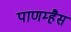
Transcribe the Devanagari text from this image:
पाणम्हैस